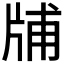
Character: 𤗃